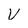
Character: V